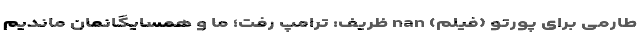
طارمی برای پورتو (فیلم) nan ظریف: ترامپ رفت؛ ما و همسایگانمان ماندیم